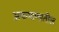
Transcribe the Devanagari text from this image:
अफगाणातील